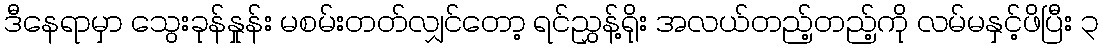
ဒီနေရာမှာ သွေးခုန်နှုန်း မစမ်းတတ်လျှင်တော့ ရင်ညွှန့်ရိုး အလယ်တည့်တည့်ကို လမ်မနှင့်ဖိပြီး ၃